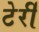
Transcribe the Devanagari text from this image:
टेर्री